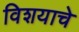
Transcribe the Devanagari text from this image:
विशयाचे